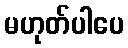
မဟုတ်ပါပေ